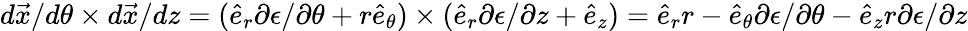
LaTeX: d\vec{x}/d\theta\times d\vec{x}/dz=(\hat{e}_{r}\partial\epsilon/\partial\theta+r\hat{e}_{\theta})\times(\hat{e}_{r}\partial\epsilon/\partial z+\hat{e}_{z})=\hat{e}_{r}r-\hat{e}_{\theta}\partial\epsilon/\partial\theta-\hat{e}_{z}r\partial\epsilon/\partial z